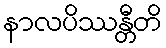
နာလပိဿန္တီတိ